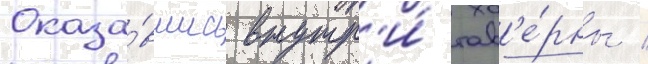
Оказа́вшись внутр'и́ тав'е́рны /